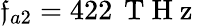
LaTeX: \mathfrak{f}_{a2}=422\, \mathrm{{~T~H~z~}}